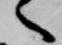
へ